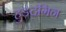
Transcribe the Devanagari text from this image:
हुड़दंगिन